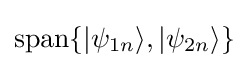
\operatorname {span} \{|\psi _{1n}\rangle ,|\psi _{2n}\rangle \}